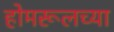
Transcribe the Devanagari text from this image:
होमरूलच्या